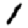
Digit: 1